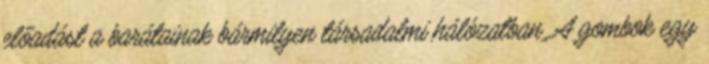
előadást a barátainak bármilyen társadalmi hálózatban. A gombok egy